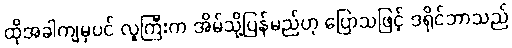
ထိုအခါကျမှပင် လူကြီးက အိမ်သို့ပြန်မည်ဟု ပြောသဖြင့် ဒရိုင်ဘာသည်